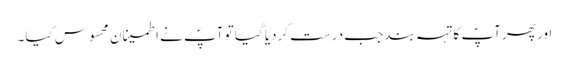
اور پھر آپؐ کا تہہ بند جب درست کردیا گیا تو آپؐ نے اطمینان محسوس کیا۔